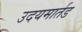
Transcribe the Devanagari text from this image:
उदयमार्तड